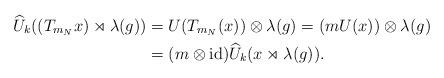
LaTeX: \begin{align*}\widehat{U}_k((T_{m_N} x)\rtimes \lambda(g)) &= U(T_{m_N}(x))\otimes \lambda(g)=\left( m U(x) \right) \otimes \lambda(g)\\&=(m\otimes \mathrm{id}) \widehat{U}_k( x \rtimes \lambda(g)) .\end{align*}